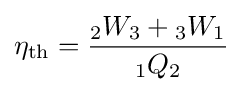
\eta _{\rm {th}}={\frac {{}_{2}W_{3}+{}_{3}W_{1}}{{}_{1}Q_{2}}}